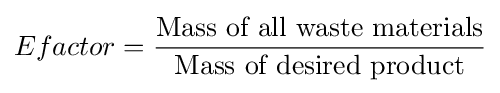
Efactor={\frac {\text{Mass of all waste materials}}{\text{Mass of desired product}}}